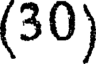
(30)